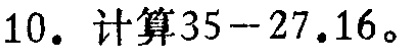
10. 计算\(35 - 27.16\)。